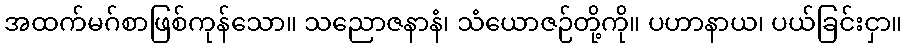
အထက်မဂ်စာဖြစ်ကုန်သော။ သညောဇနာနံ၊ သံယောဇဉ်တို့ကို။ ပဟာနာယ၊ ပယ်ခြင်းငှာ။